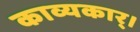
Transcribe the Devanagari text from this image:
काव्यकार्।